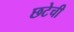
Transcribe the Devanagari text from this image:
छटेची